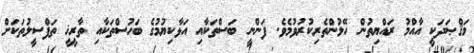
މަޤްޞަދަކީ އާއްމު ރައްޔިތުން ހޭލުންތެރިކުރުވުމެވެ. ފަންނީ ބަސްތަކާއި އަޅާކިޔުމުގެ ބަހުސްތަކާއި ތާރީޚީ ތަފްސީލުތަކަށް